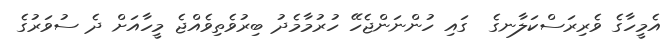
އެމީހާގެ ވެރިރަސްކަލާނގެ  ގައި ހުންނަންޖެހޭ ހުރުމާމެދު ބިރުވެތިވެއްޖެ މީހާއަށް ދެ ސުވަރުގެ